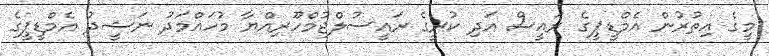
މީގެ އިތުރުން އެމްޑީޕީގެ ރައީސް އަދި ކުރީގެ ރައީސުލްޖުމްހޫރިއްޔާ މުހައްމަދު ނަޝީދު އެމްޑީޕީގެ